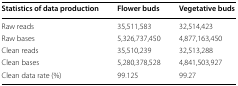
<table><thead><tr><td><b>Statistics of data production</b></td><td><b>Flower buds</b></td><td><b>Vegetative buds</b></td></tr></thead><tbody><tr><td>Raw reads</td><td>35,511,583</td><td>32,514,423</td></tr><tr><td>Raw bases</td><td>5,326,737,450</td><td>4,877,163,450</td></tr><tr><td>Clean reads</td><td>35,510,239</td><td>32,513,288</td></tr><tr><td>Clean bases</td><td>5,280,378,528</td><td>4,841,503,927</td></tr><tr><td>Clean data rate (%)</td><td>99.125</td><td>99.27</td></tr></tbody></table>